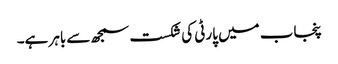
پنجاب میں پارٹی کی شکست سمجھ سے باہر ہے۔